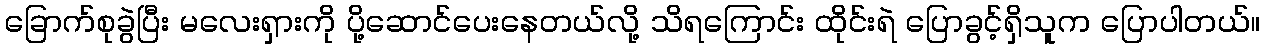
ခြောက်စုခွဲပြီး မလေးရှားကို ပို့ဆောင်ပေးနေတယ်လို့ သိရကြောင်း ထိုင်းရဲ ပြောခွင့်ရှိသူက ပြောပါတယ်။